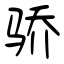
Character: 骄